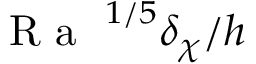
\mathrm { ~ \textit ~ { ~ R ~ a ~ } ~ } ^ { 1 / 5 } \delta _ { \chi } / h